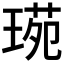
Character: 𤧌